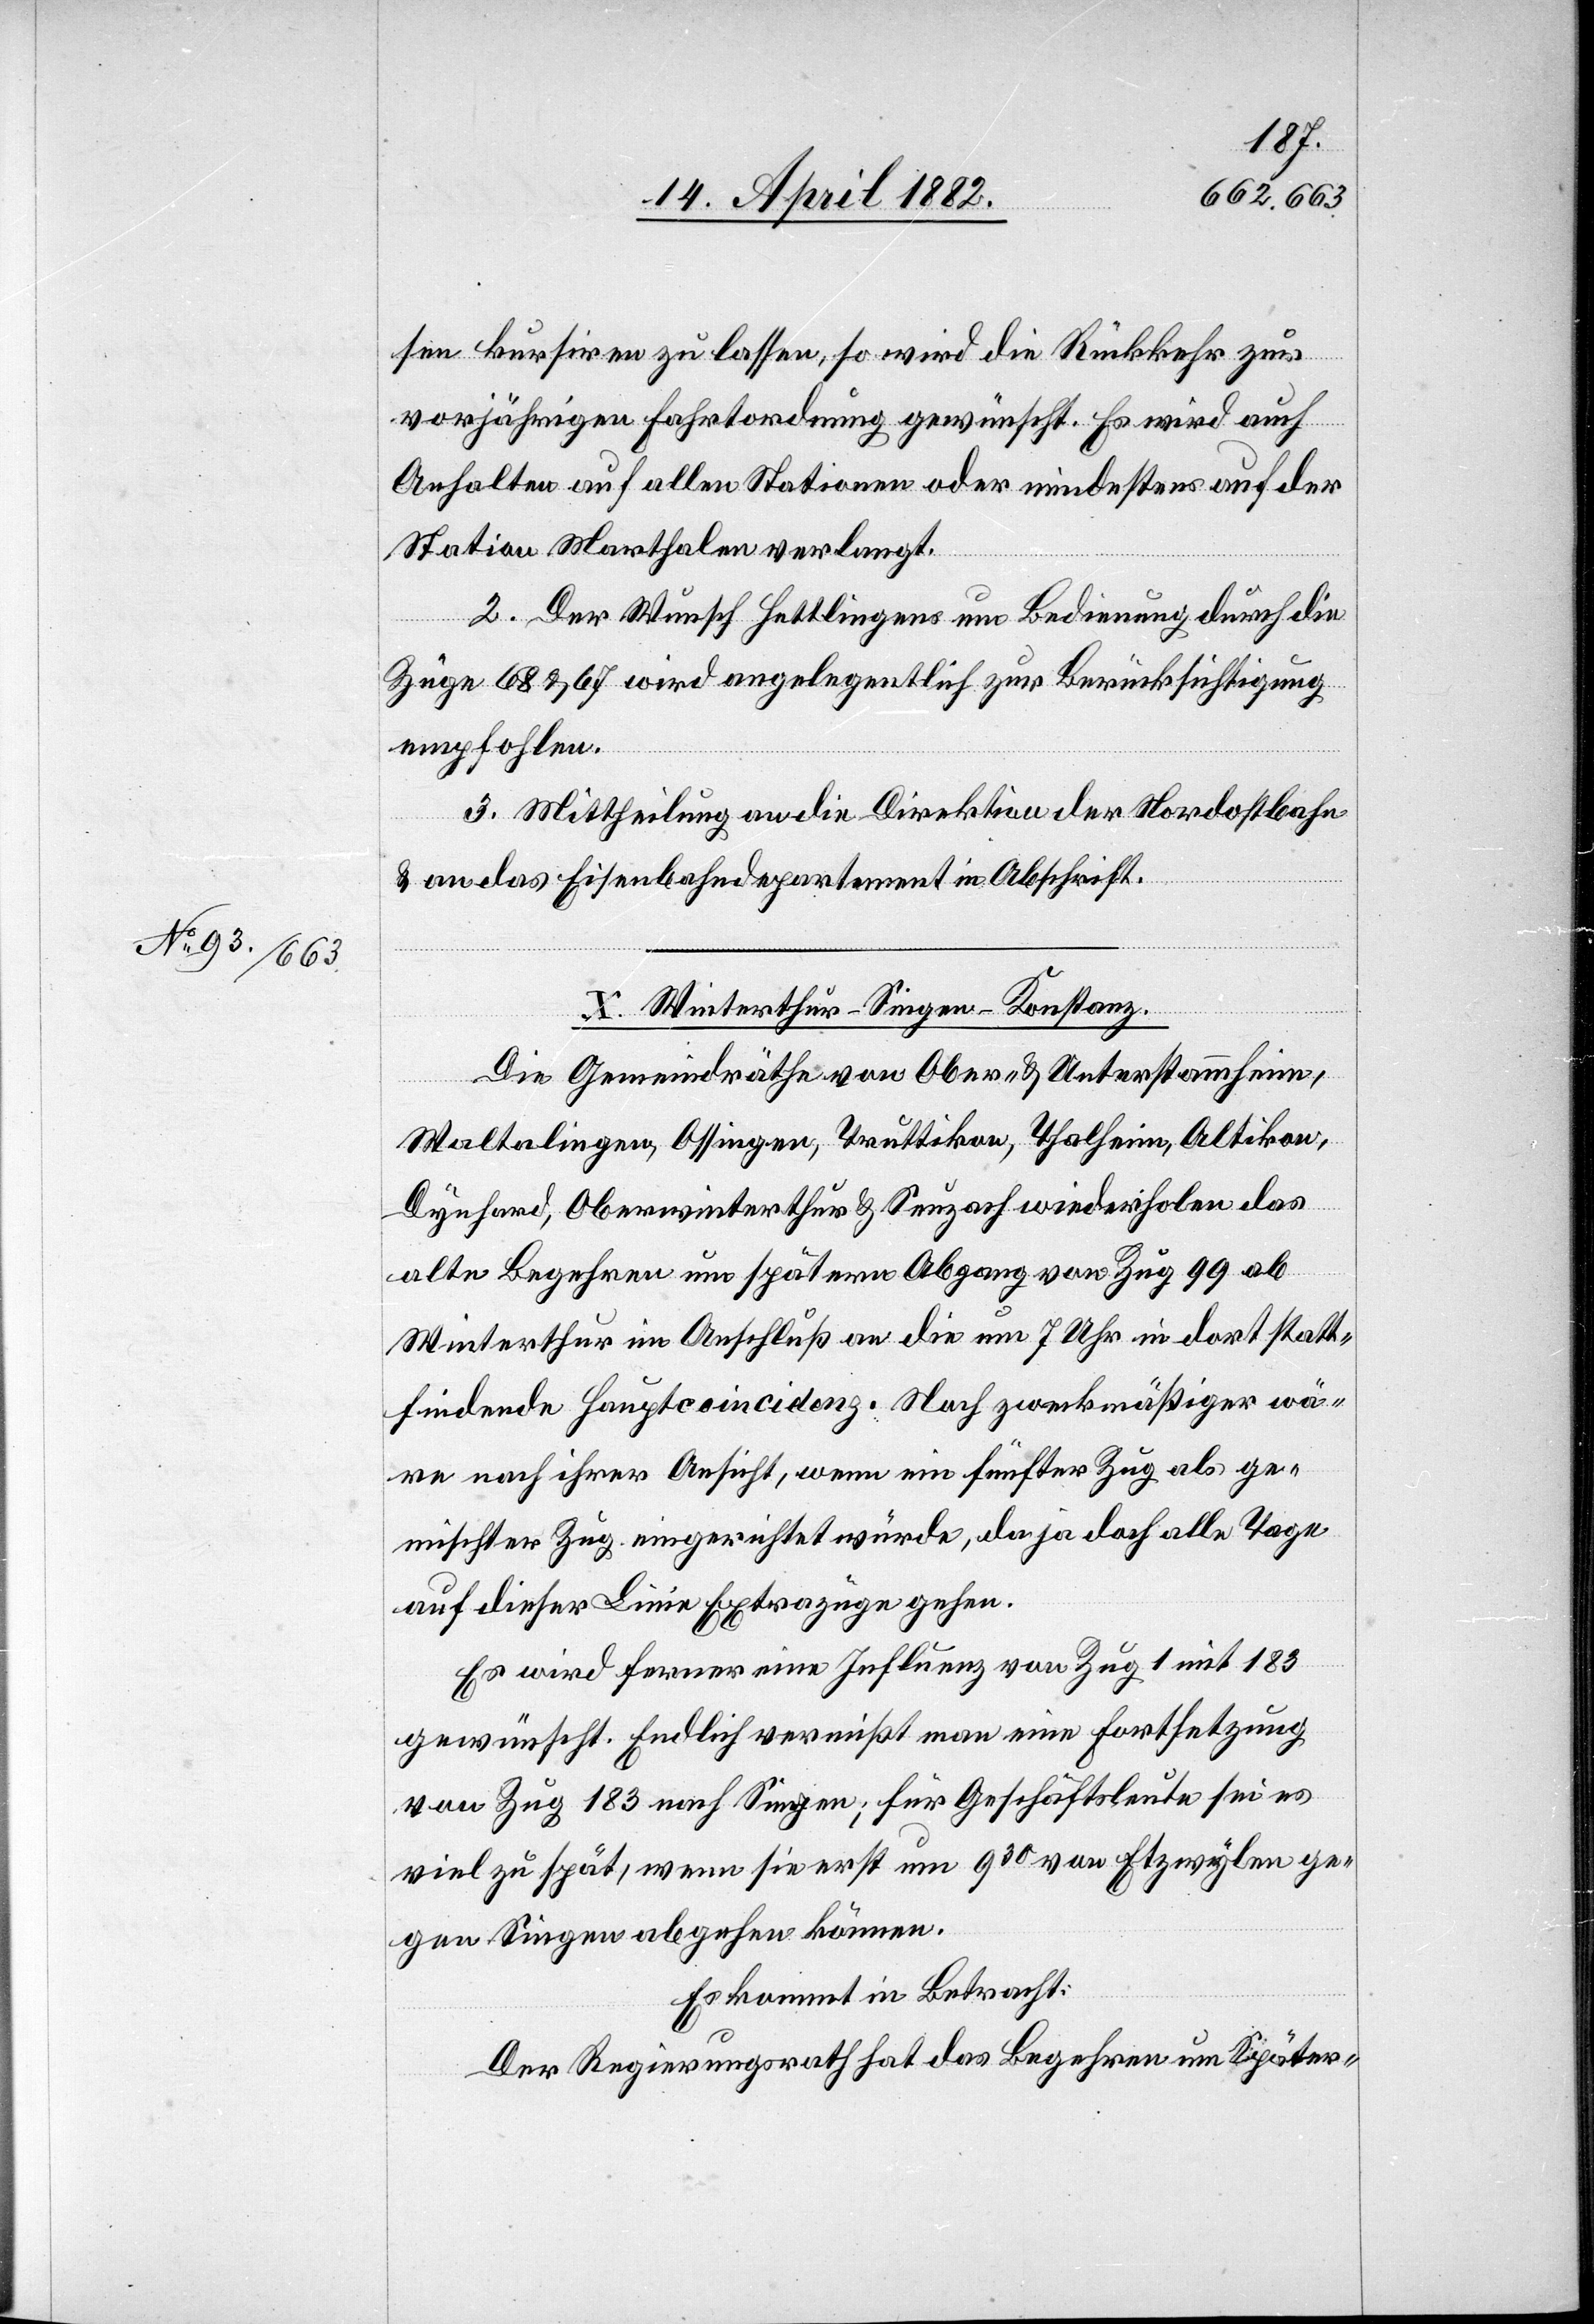
sen kursiren zu lassen, so wird die Rückkehr zur
vorjährigen Fahrtordnung gewünscht. Es wird auch
Anhalten auf allen Stationen oder mindestens auf der
Station Marthalen verlangt.
2. Der Wunsch Hettlingens um Bedienung durch die
Züge 68 & 67 wird angelegentlich zur Berücksichtigung
empfohlen.
3. Mittheilung an die Direktion der Nordostbahn
& an das Eisenbahndepartement in Abschrift.
X. Winterthur–Singen–Konstanz.
Die Gemeindräthe von Ober- & Unterstammheim,
Waltalingen, Ossingen, Truttikon, Thalheim, Altikon,
Dynhard, Oberwinterthur & Seuzach wiederholen das
alte Begehren um spätern Abgang von Zug 99 ab
Winterthur im Anschluß an die um 7 Uhr in dort statt¬
findende Hauptcoincidenz. Noch zweckmäßiger wä¬
re nach ihrer Ansicht, wenn ein fünfter Zug als ge¬
mischter Zug eingerichtet würde, da ja doch alle Tage
auf dieser Linie Extrazüge gehen.
Es wird ferner eine Influenz von Zug 1 mit 183
gewünscht. Endlich vermißt man eine Fortsetzung
von Zug 183 nach Singen; für Geschäftsleute sei es
viel zu spät, wenn sie erst um 930 von Etzwylen ge¬
gen Singen abgehen können.
Es kommt in Betracht:
Der Regierungsrath hat das Begehren um Später-